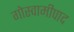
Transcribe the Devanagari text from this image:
गोस्वामीपाद